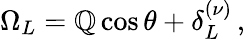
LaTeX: \Omega_{L}={\cal\mathbb{Q}}\cos\theta+\delta_{L}^{(\nu)}\, ,